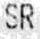
SR